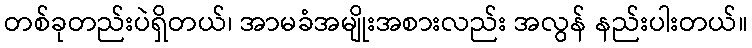
တစ်ခုတည်းပဲရှိတယ်၊ အာမခံအမျိုးအစားလည်း အလွန် နည်းပါးတယ်။